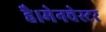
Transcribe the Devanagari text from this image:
है।मेनचेस्टर